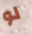
لو